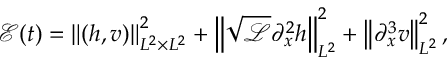
\mathcal { E } ( t ) = \left\| ( h , v ) \right\| _ { L ^ { 2 } \times L ^ { 2 } } ^ { 2 } + \left\| \sqrt { \mathscr { L } } \partial _ { x } ^ { 2 } h \right\| _ { L ^ { 2 } } ^ { 2 } + \left\| \partial _ { x } ^ { 3 } v \right\| _ { L ^ { 2 } } ^ { 2 } ,